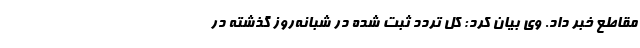
مقاطع خبر داد. وی بیان کرد: کل تردد ثبت شده در شبانه‌روز گذشته در